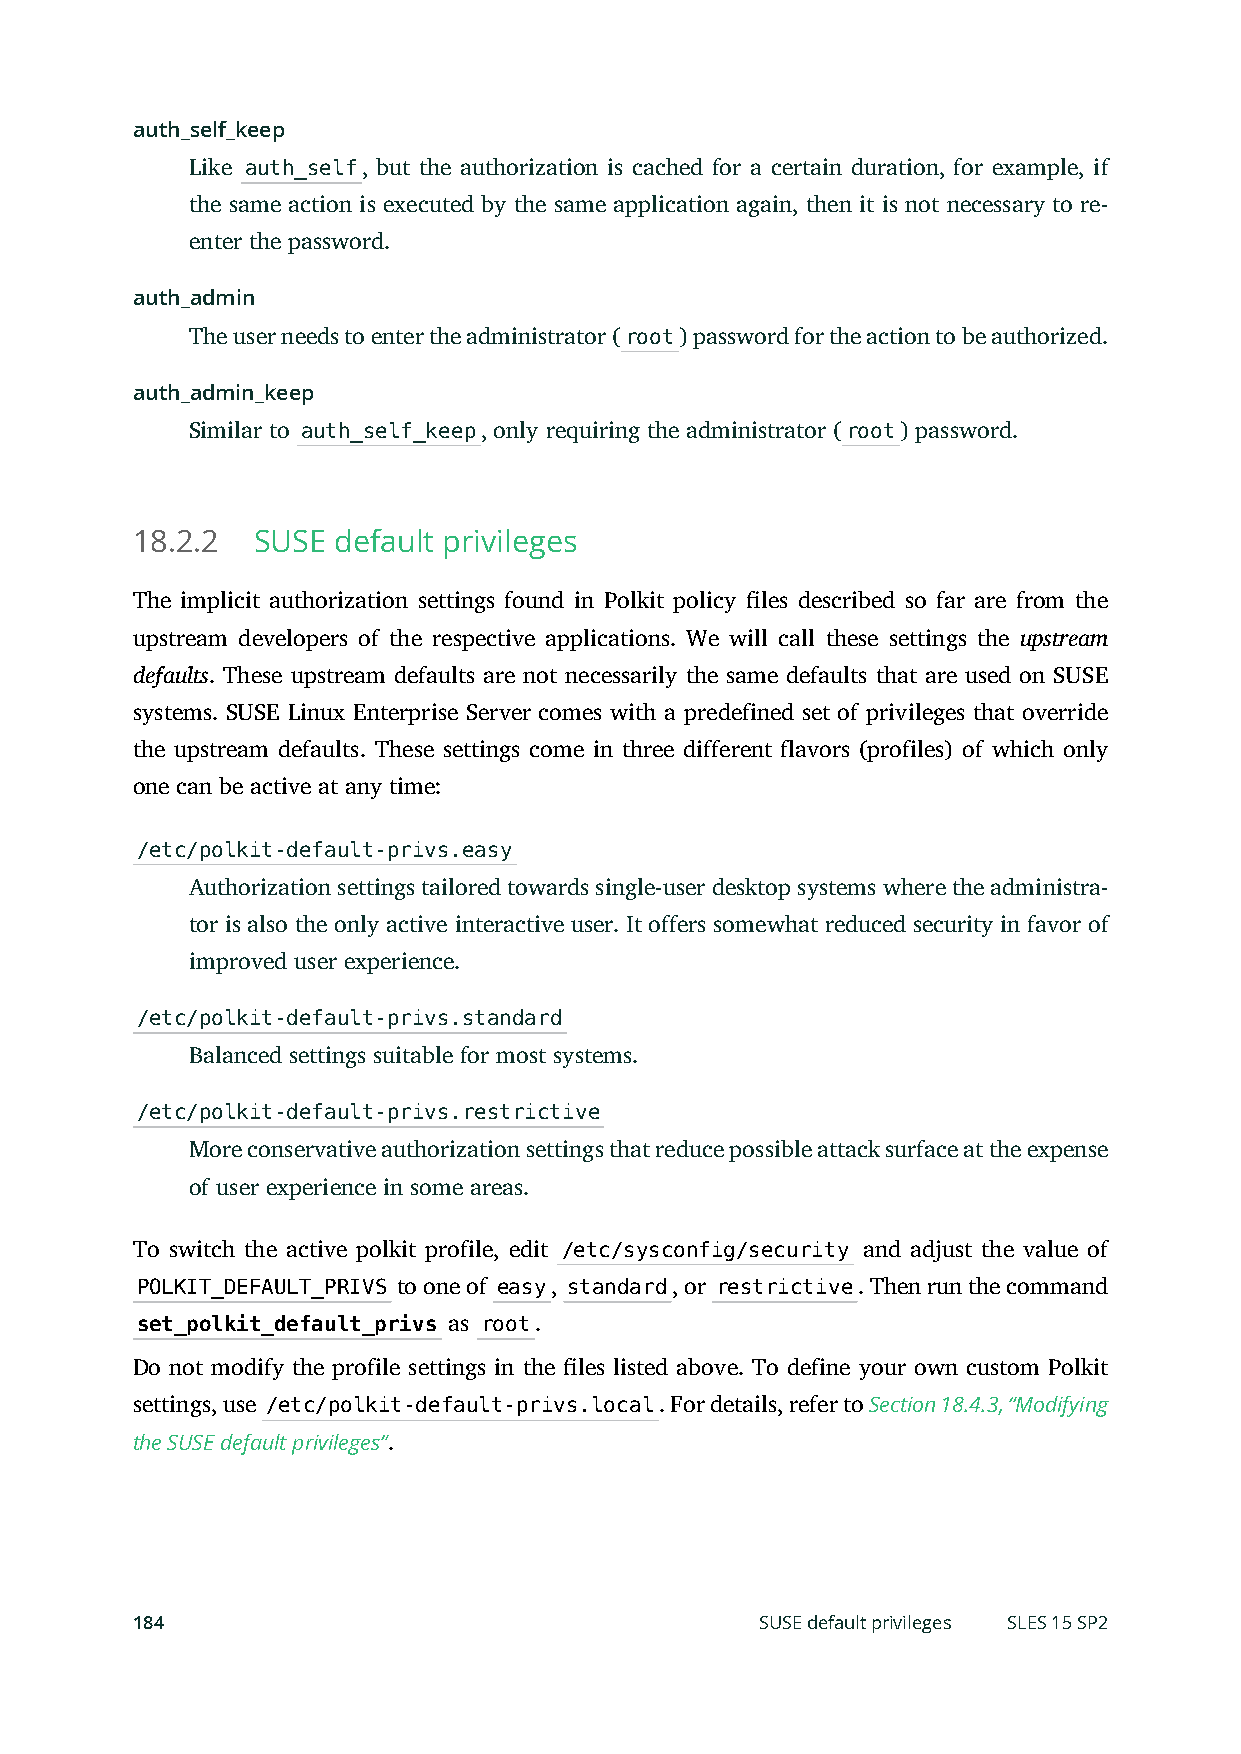
auth_self_keep
 Like auth_self, but the authorization is cached for a certain duration, for example, if
 the same action is executed by the same application again, then it is not necessary to re-
 enter the password.
 auth_admin
 The user needs to enter the administrator (root) password for the action to be authorized.
 auth_admin_keep
 Similar to auth_self_keep, only requiring the administrator (root) password.
 18.2.2  SUSE default privileges
 The implicit authorization settings found in Polkit policy les described so far are from the
 upstream developers of the respective applications. We will call these settings the upstream
 defaults. These upstream defaults are not necessarily the same defaults that are used on SUSE
 systems. SUSE Linux Enterprise Server comes with a predefined set of privileges that override
 the upstream defaults. These settings come in three different flavors (profiles) of which only
 one can be active at any time:
 /etc/polkit-default-privs.easy
 Authorization settings tailored towards single-user desktop systems where the administra-
 tor is also the only active interactive user. It offers somewhat reduced security in favor of
 improved user experience.
 /etc/polkit-default-privs.standard
 Balanced settings suitable for most systems.
 /etc/polkit-default-privs.restrictive
 More conservative authorization settings that reduce possible attack surface at the expense
 of user experience in some areas.
 To switch the active polkit profile, edit /etc/sysconfig/security and adjust the value of
 POLKIT_DEFAULT_PRIVS to one of easy, standard, or restrictive. Then run the command
 set_polkit_default_privs as root.
 Do not modify the profile settings in the les listed above. To define your own custom Polkit
 settings, use /etc/polkit-default-privs.local. For details, refer to Section 18.4.3, “Modifying
 the SUSE default privileges”.
 184                                      SUSE default privileges SLES 15 SP2